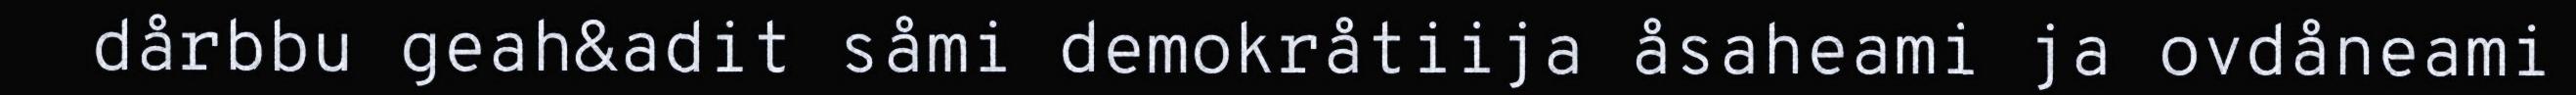
dårbbu geah&adit såmi demokråtiija åsaheami ja ovdåneami